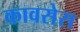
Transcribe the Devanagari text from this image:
कावसेस